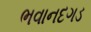
ભવાનદગડ